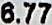
6.77